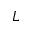
L